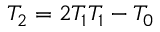
T _ { 2 } = 2 T _ { 1 } T _ { 1 } - T _ { 0 }